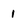
Character: 1